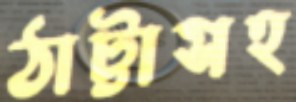
ঠাট্টাসহ